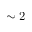
\sim 2